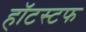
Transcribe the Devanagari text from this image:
हॉटस्टफ